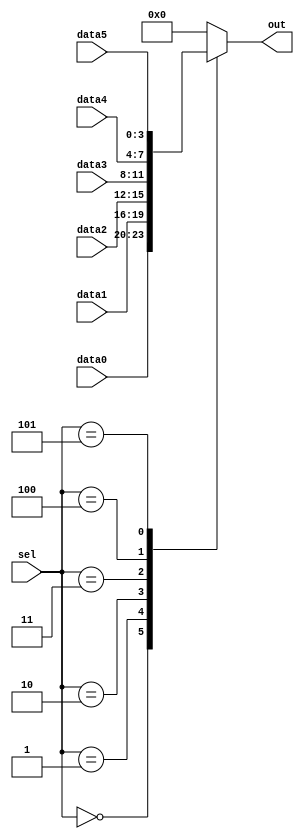
module top_module ( 
    input [2:0] sel, 
    input [3:0] data0,
    input [3:0] data1,
    input [3:0] data2,
    input [3:0] data3,
    input [3:0] data4,
    input [3:0] data5,
    output reg [3:0] out   );//

    always@(*) begin  // This is a combinational circuit
        case(sel)
            3'b000: out = data0;
            3'b001: out = data1;
            3'b010: out = data2;
            3'b011: out = data3;
            3'b100: out = data4;
            3'b101: out = data5;
            default: out = 4'b0000;
        endcase
    end

endmodule